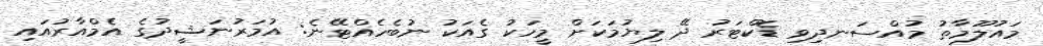
މައުލޫމާތު މުއްސަނދިވި ޑޮކްޓަރު ދޭ ލިޔުމަކަށް މީހަކު ގެއަކު ނުބެހެއްޓޭނެ: އުމަރުނަޝީދުގެ އެމްއާރުއައި